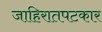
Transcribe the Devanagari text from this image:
जाहिरातपटकार